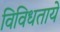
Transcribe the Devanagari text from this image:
विविधताये